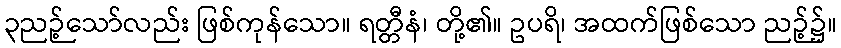
၃ညဉ့်သော်လည်း ဖြစ်ကုန်သော။ ရတ္တီနံ၊ တို့၏။ ဥပရိ၊ အထက်ဖြစ်သော ညဉ့်၌။